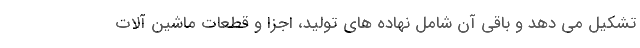
تشکیل می دهد و باقی آن شامل نهاده های تولید، اجزا و قطعات ماشین آلات